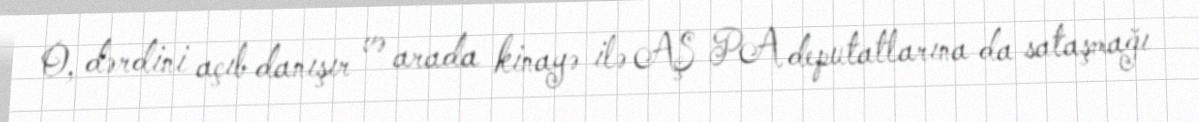
O, dərdini açıb danışır və arada kinayə ilə AŞ PA deputatlarına da sataşmağı